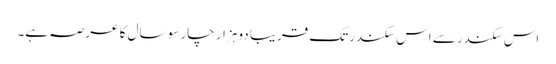
اس سکندر سے اس سکندر تک قریبا دو ہزار چار سو سال کا عرصہ ہے۔